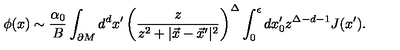
\phi ( x ) \sim { \frac { \alpha _ { 0 } } { B } } \int _ { \partial M } d ^ { d } x ^ { \prime } \left( \frac { z } { z ^ { 2 } + | \vec { x } - \vec { x } ^ { \prime } | ^ { 2 } } \right) ^ { \Delta } \int _ { 0 } ^ { \epsilon } d x _ { 0 } ^ { \prime } { z } ^ { \Delta - d - 1 } J ( x ^ { \prime } ) .